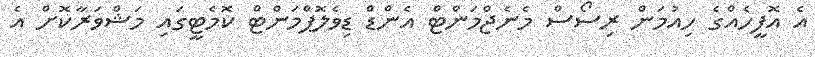
އެ އޮފީހެއްގެ ހިއުމަން ރިސޯސް މެނެޖްމަންޓް އެންޑް ޑިވެލޮޕްމަންޓް ކޮމެޓީގައި މަޝްވަރާކޮށް އެ